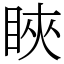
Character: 䀹